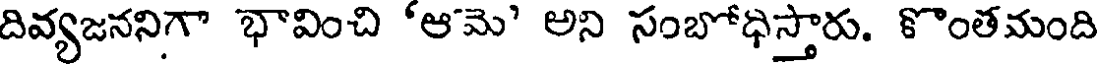
దివ్యజననిగా భావించి 'ఆమె' అని సంబోధిస్తారు. కొంతమంది